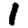
Digit: 1